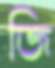
জি